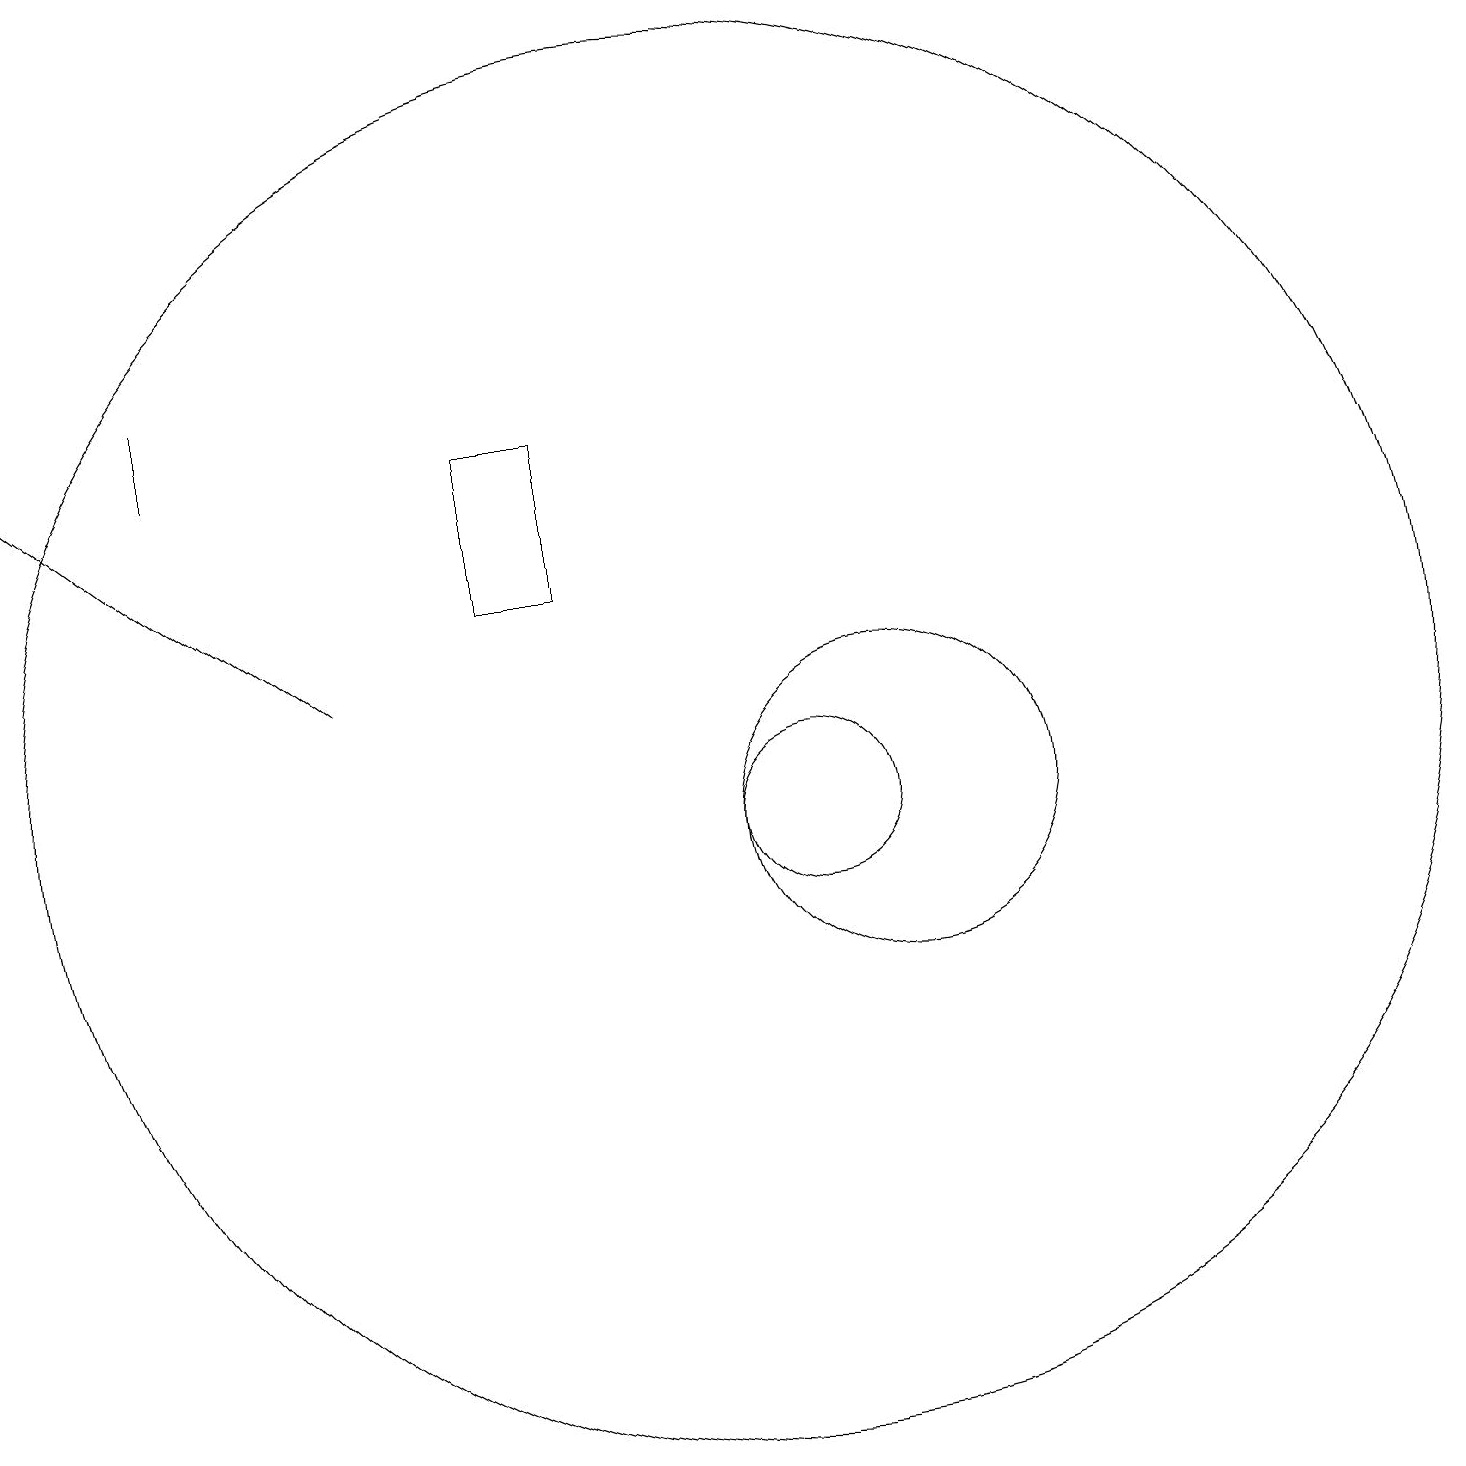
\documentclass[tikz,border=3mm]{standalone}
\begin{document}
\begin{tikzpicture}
\draw (3,17) rectangle (3,16);
\draw (11,11) circle (1);
\draw[->] (5,13) -- (1,16);
\draw (12,11) circle (2);
\draw (10,12) circle (9);
\draw (8,14) rectangle (7,16);
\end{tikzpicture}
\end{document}